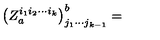
\left( Z _ { a } ^ { i _ { 1 } i _ { 2 } \cdots i _ { k } } \right) _ { j _ { 1 } \cdots j _ { k - 1 } } ^ { b } =